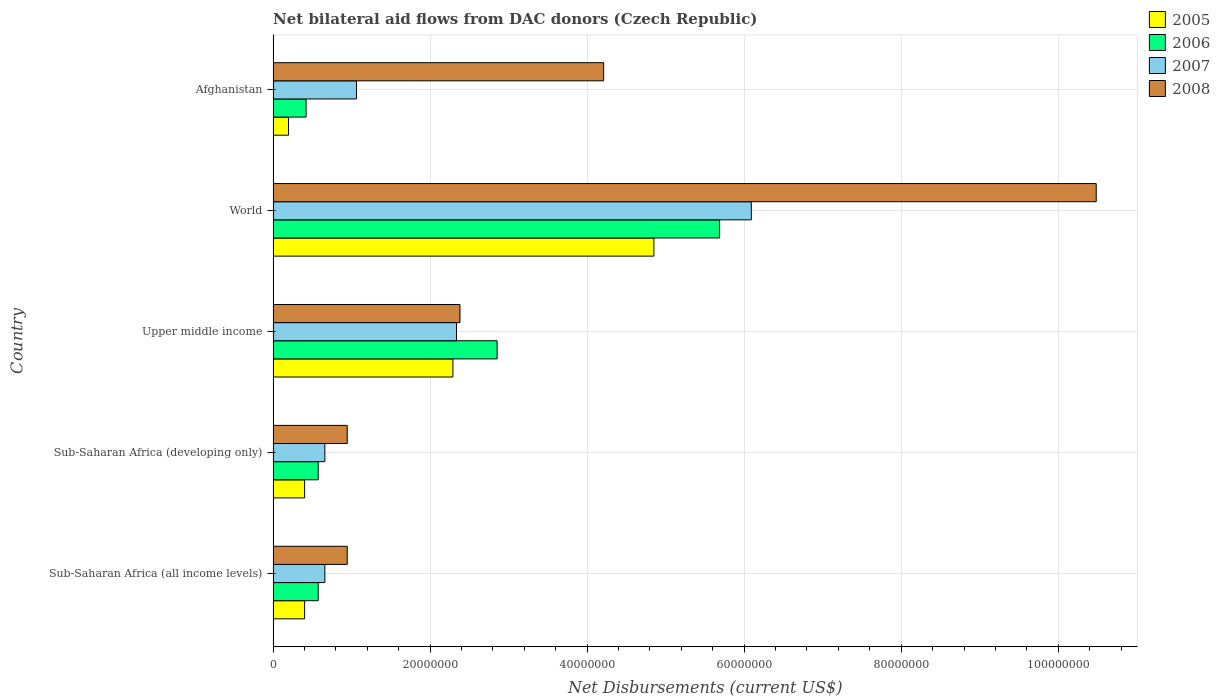
| Country | 2005 | 2006 | 2007 | 2008 |
 | --- | --- | --- | --- | --- |
 | Sub-Saharan Africa (all income levels) | 4.01e+06 | 5.74e+06 | 6.59e+06 | 9.44e+06 |
 | Sub-Saharan Africa (developing only) | 4.01e+06 | 5.74e+06 | 6.59e+06 | 9.44e+06 |
 | Upper middle income | 2.29e+07 | 2.85e+07 | 2.34e+07 | 2.38e+07 |
 | World | 4.85e+07 | 5.69e+07 | 6.09e+07 | 1.05e+08 |
 | Afghanistan | 1.96e+06 | 4.2e+06 | 1.06e+07 | 4.21e+07 |